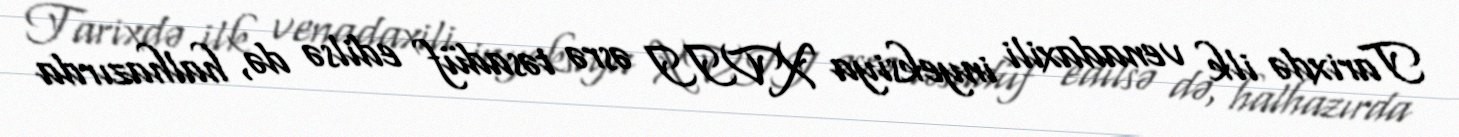
Tarixdə ilk venadaxili inyeksiya XVII əsrə təsadüf edilsə də, halhazırda